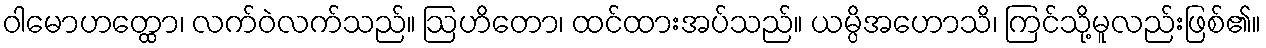
ဝါမောဟတ္ထော၊ လက်ဝဲလက်သည်။ ဩဟိတော၊ ထင်ထားအပ်သည်။ ယမ္ပိအဟောသိ၊ ကြင်သို့မူလည်းဖြစ်၏။